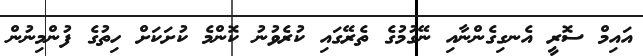
އައިމް ސޮރީ އެނގިގެންނާއި ނޭގުމުގެ ތެރޭގައި ކުރެވުނު ކޮންމެ ކުށަކަށް ހިތުގެ ފުންމިނުން